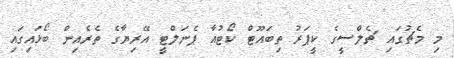
މި މެޗުގައި ޗެލްސީގެ ކީޕަރު ތިބައޫޓް ކޯޓުއާ ޕެނަލްޓީ އޭރިޔާގެ ތެރެއިން ބޯޅައިގައި